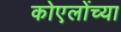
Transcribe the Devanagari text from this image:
कोएलोंच्या